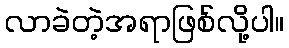
လာခဲတဲ့အရာဖြစ်လို့ပါ။